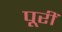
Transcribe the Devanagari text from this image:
पूरीं